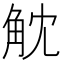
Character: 𧣁